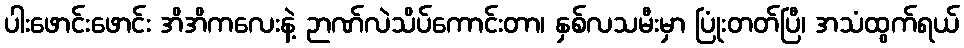
ပါးဖောင်းဖောင်း အိအိကလေးနဲ့ ဉာဏ်လဲသိပ်ကောင်းတာ၊ နှစ်လသမီးမှာ ပြုံးတတ်ပြီ၊ အသံထွက်ရယ်